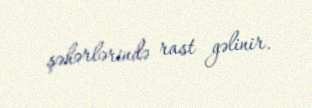
şəhərlərində rast gəlinir.